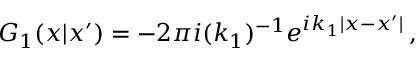
{ \cal G } _ { 1 } ( x | x ^ { \prime } ) = - 2 \pi i ( k _ { 1 } ) ^ { - 1 } e ^ { i k _ { 1 } | x - x ^ { \prime } | } \, ,